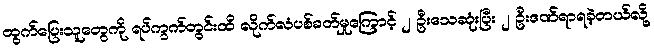
ထွက်ပြေးသူတွေကို ရပ်ကွက်တွင်းထိ လိုက်လံပစ်ခတ်မှုကြောင့် ၂ ဦးသေဆုံးပြီး ၂ ဦးဒဏ်ရာရခဲ့တယ်လို့